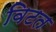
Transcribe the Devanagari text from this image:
विटत